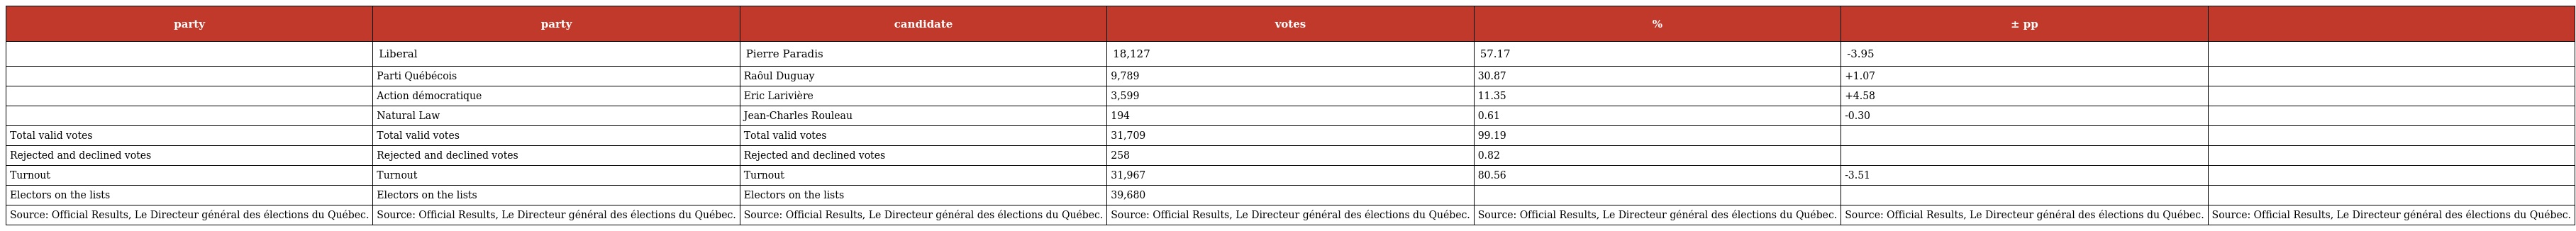
| party | party | candidate | votes | % | ± pp |  |
 | --- | --- | --- | --- | --- | --- | --- |
 |  | Liberal | Pierre Paradis | 18,127 | 57.17 | -3.95 |  |
 |  | Parti Québécois | Raôul Duguay | 9,789 | 30.87 | +1.07 |  |
 |  | Action démocratique | Eric Larivière | 3,599 | 11.35 | +4.58 |  |
 |  | Natural Law | Jean-Charles Rouleau | 194 | 0.61 | -0.30 |  |
 | Total valid votes | Total valid votes | Total valid votes | 31,709 | 99.19 |  |  |
 | Rejected and declined votes | Rejected and declined votes | Rejected and declined votes | 258 | 0.82 |  |  |
 | Turnout | Turnout | Turnout | 31,967 | 80.56 | -3.51 |  |
 | Electors on the lists | Electors on the lists | Electors on the lists | 39,680 |  |  |  |
 | Source: Official Results, Le Directeur général des élections du Québec. | Source: Official Results, Le Directeur général des élections du Québec. | Source: Official Results, Le Directeur général des élections du Québec. | Source: Official Results, Le Directeur général des élections du Québec. | Source: Official Results, Le Directeur général des élections du Québec. | Source: Official Results, Le Directeur général des élections du Québec. | Source: Official Results, Le Directeur général des élections du Québec. |